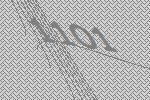
1101